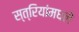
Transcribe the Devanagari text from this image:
स्त्रियांमधले